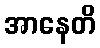
အာနေတိ